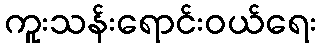
ကူးသန်းရောင်းဝယ်ရေး